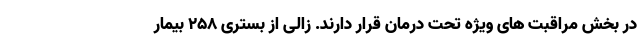
در بخش مراقبت های ویژه تحت درمان قرار دارند. زالی از بستری ۲۵۸ بیمار